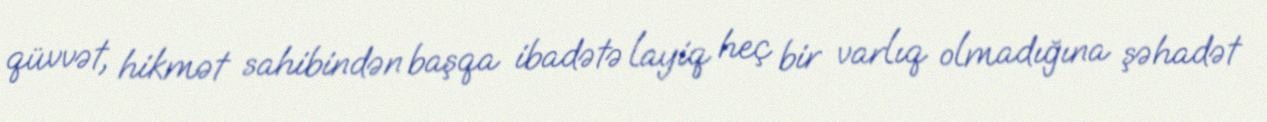
qüvvət, hikmət sahibindən başqa ibadətə layiq heç bir varlıq olmadığına şəhadət